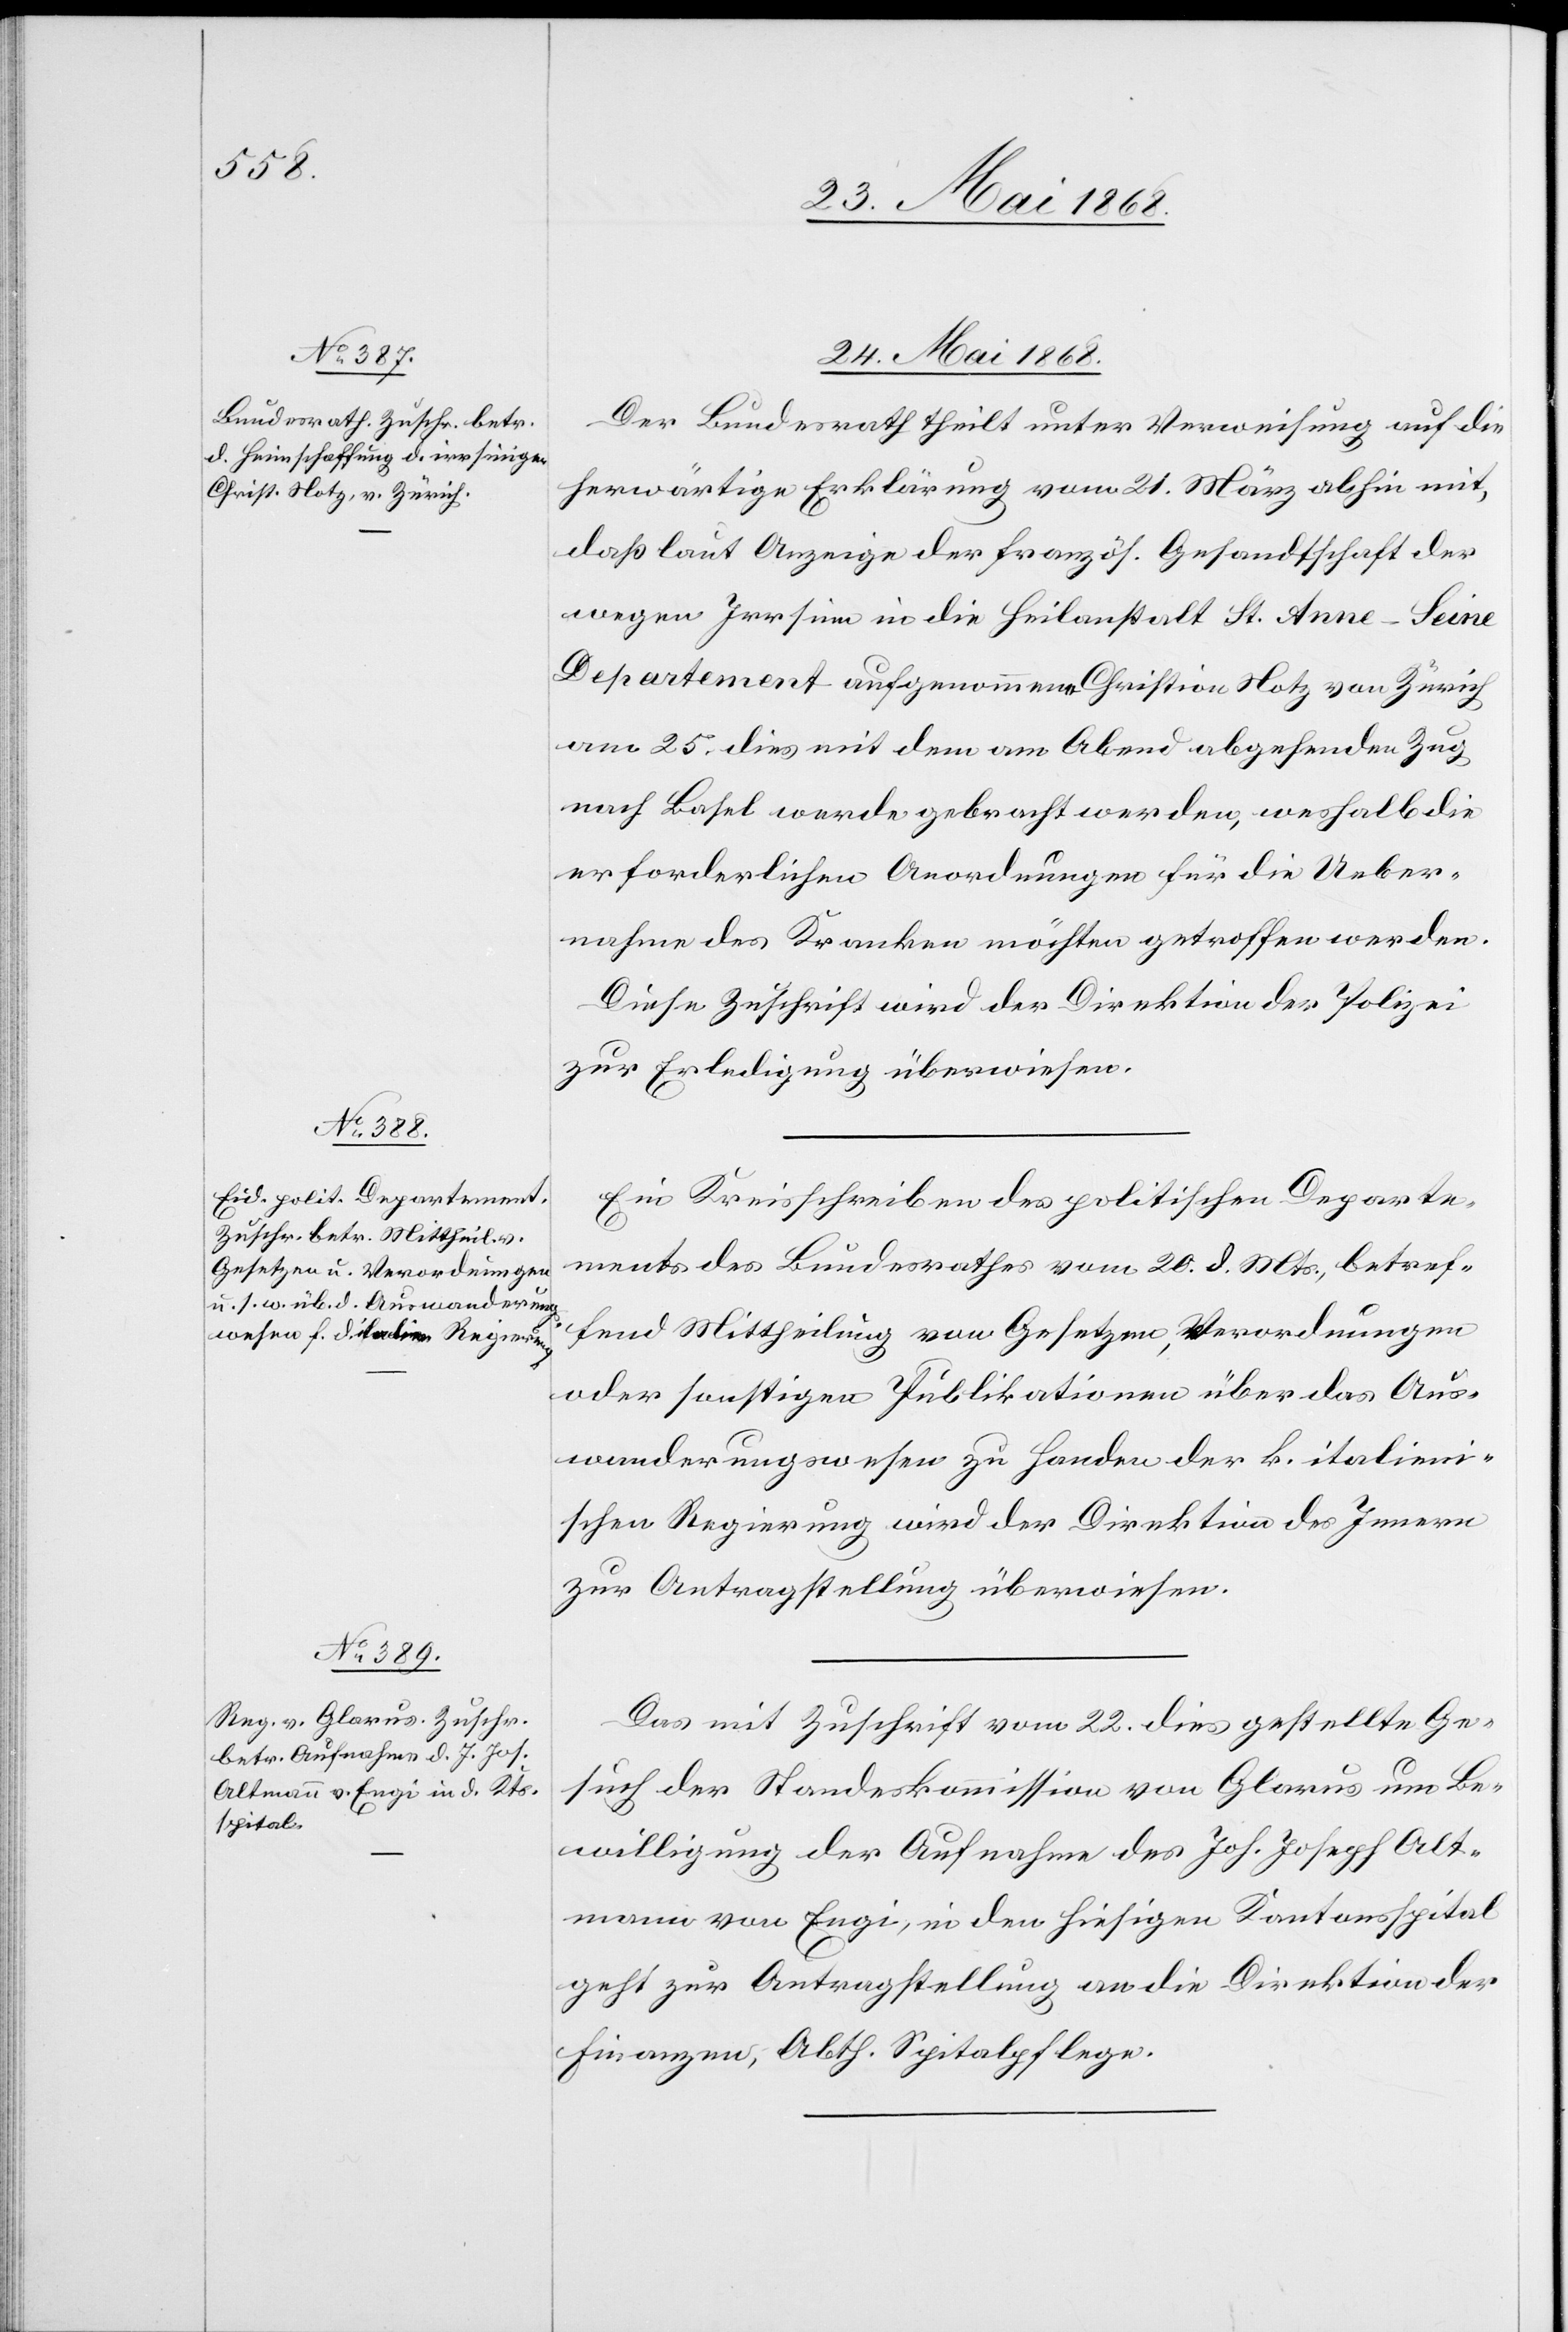
24. Mai 1868.]
Der Bundesrath theilt unter Verweisung auf die
herwärtige Erklärung vom 21. März abhin mit,
daß laut Anzeige der französ. Gesandtschaft der
wegen Irrsinn in die Heilanstalt St. Anne - Seine
Departement aufgenommene Christian Notz von Zürich
am 25. dies mit dem am Abend abgehenden Zug
nach Basel werde gebracht werden, weshalb die
erforderlichen Anordnungen für die Ueber¬
nahme des Kranken möchten getroffen werden.
Diese Zuschrift wird der Direktion der Polizei
zur Erledigung überwiesen.
Ein Kreisschreiben des politischen Departe¬
ments des Bundesrathes vom 20. d. Mts., betref¬
fend Mittheilung von Gesetzen, Verordnungen
oder sonstigen Publikationen über das Aus¬
wanderungswesen zu Handen der k. italieni¬
schen Regierung wird der Direktion des Innern
zur Antragstellung überwiesen.
Das mit Zuschrift vom 22. dies gestellte Ge¬
such der Standeskommission von Glarus um Be¬
willigung der Aufnahme des Joh. Joseph Alt¬
mann von Engi, in den hiesigen Kantonsspital
geht zur Antragstellung an die Direktion der
Finanzen, Abth. Spitalpflege.